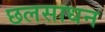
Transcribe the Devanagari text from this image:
छलसाधन